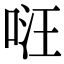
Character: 𠴝